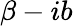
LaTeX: \beta-ib